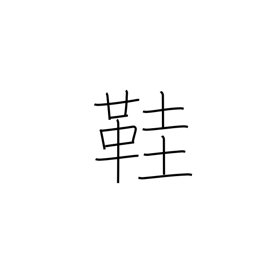
Meaning: straw sandals